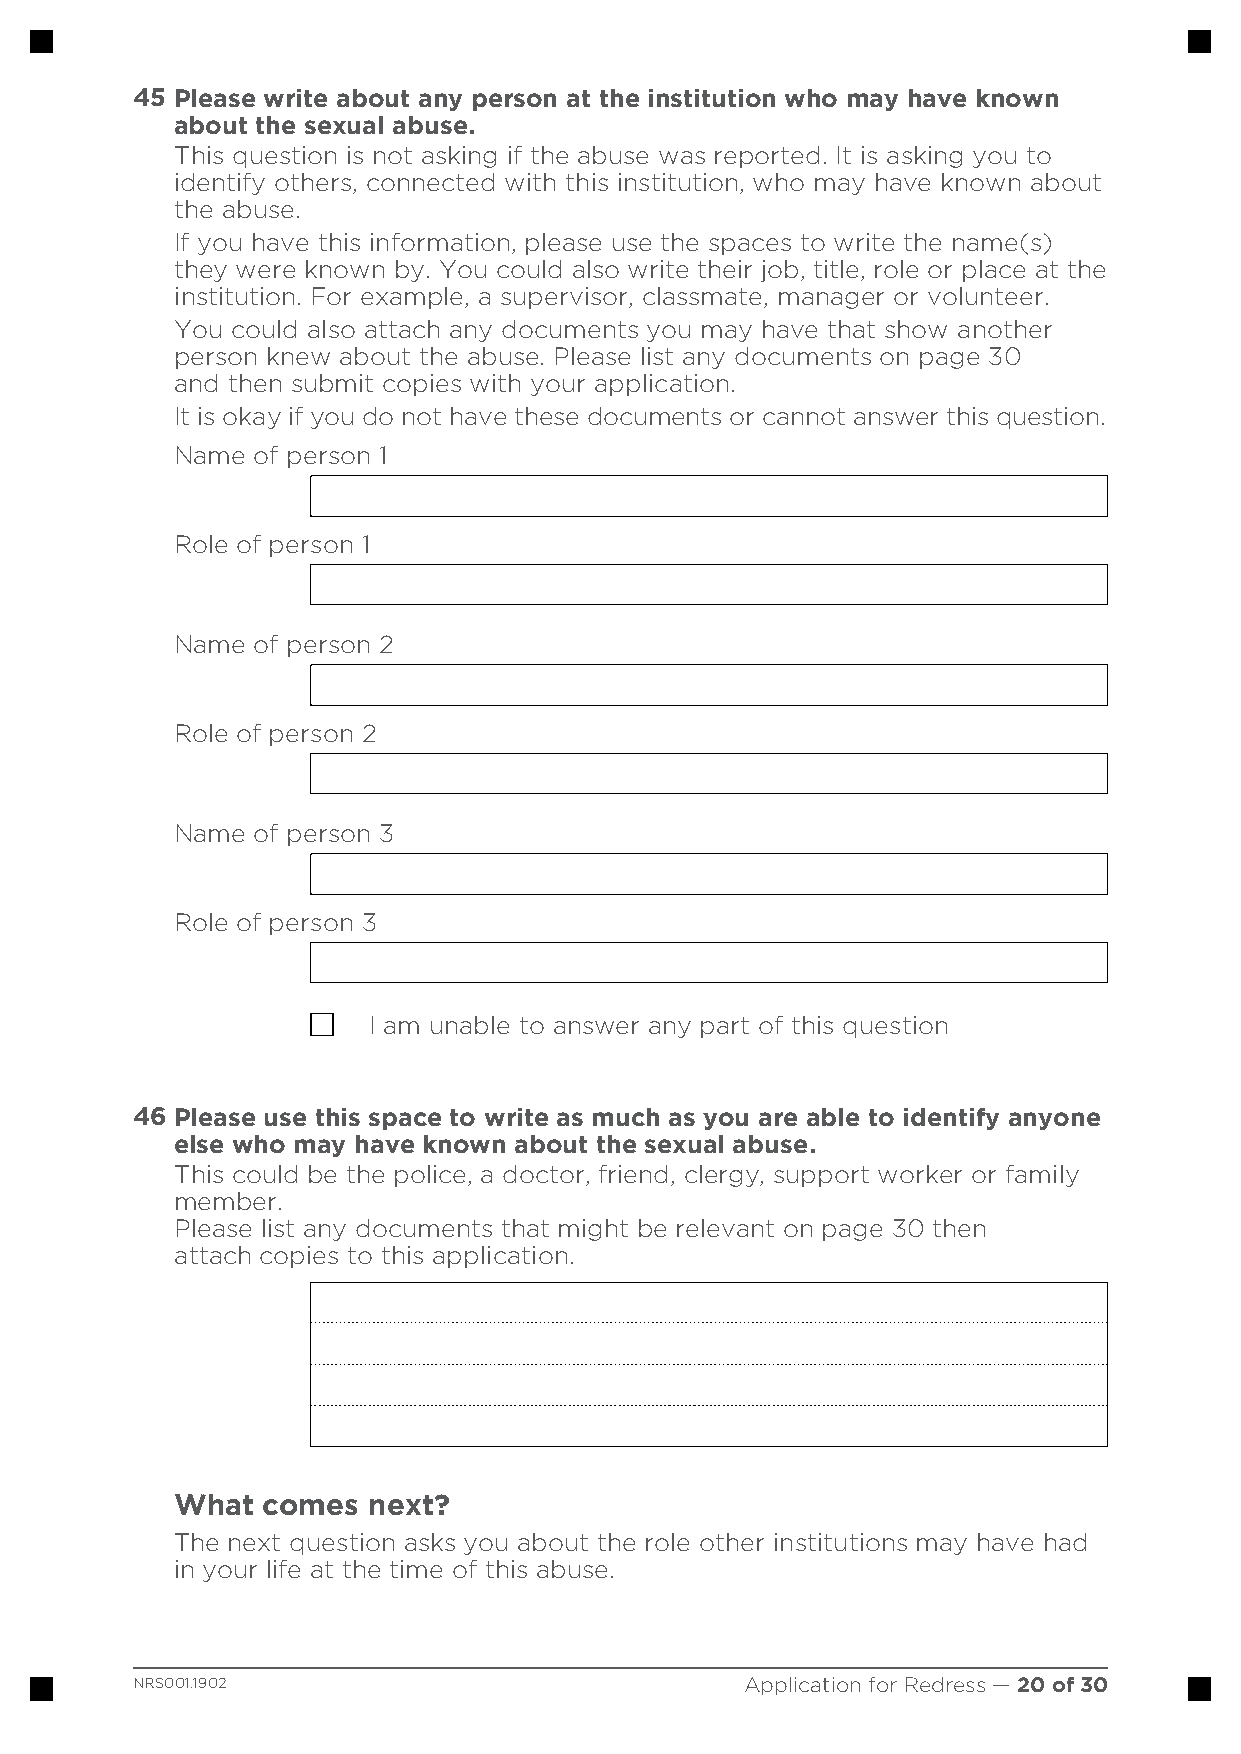
45 Please write about any person at the institution who may have known
 about the sexual abuse.
 This question is not asking if the abuse was reported. It is asking you to
 identify others, connected with this institution, who may have known about
 the abuse.
 If you have this information, please use the spaces to write the name(s)
 they were known by. You could also write their job, title, role or place at the
 institution. For example, a supervisor, classmate, manager or volunteer.
 You could also attach any documents you may have that show another
 person knew about the abuse. Please list any documents on page 30
 and then submit copies with your application.
 It is okay if you do not have these documents or cannot answer this question.
 Name of person 1
 Role of person 1
 Name of person 2
 Role of person 2
 Name of person 3
 Role of person 3
 I am unable to answer any part of this question
 46 Please use this space to write as much as you are able to identify anyone
 else who may have known about the sexual abuse.
 This could be the police, a doctor, friend, clergy, support worker or family
 member.
 Please list any documents that might be relevant on page 30 then
 attach copies to this application.
 What comes  next?
 The next question asks you about the role other institutions may have had
 in your life at the time of this abuse.
 NRS001.1902                             Application for Redress — 20 of 30